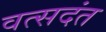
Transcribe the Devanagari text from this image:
वत्सदंत